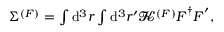
\begin{array} { r } { \Sigma ^ { ( F ) } = \int \mathrm { d } ^ { 3 } { r } \int \mathrm { d } ^ { 3 } { r } ^ { \prime } \mathbfscr { K } ^ { ( F ) } \boldsymbol { F } ^ { \dagger } \boldsymbol { F } ^ { \prime } , } \end{array}